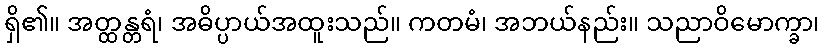
ရှိ၏။ အတ္ထန္တရံ၊ အဓိပ္ပာယ်အထူးသည်။ ကတမံ၊ အဘယ်နည်း။ သညာဝိမောက္ခာ၊